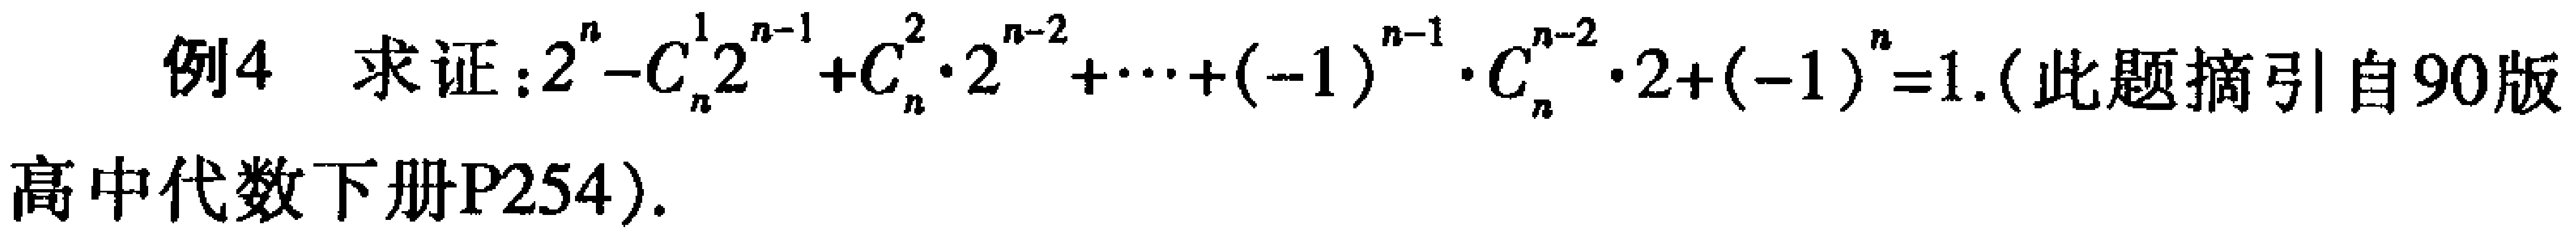
例4 求证：\(2^{n}-C_{n}^{1}2^{n - 1}+C_{n}^{2}\cdot2^{n - 2}+\cdots+(-1)^{n - 1}\cdot C_{n}^{n - 2}\cdot2+(-1)^{n}=1\). (此题摘引自90版高中代数下册P254).